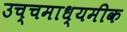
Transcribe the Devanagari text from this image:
उच्चमाध्यमीक